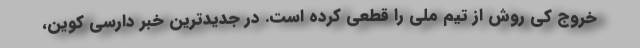
خروج کی روش از تیم ملی را قطعی کرده است. در جدیدترین خبر دارسی کوین،